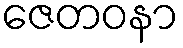
ဇေတဝနာ